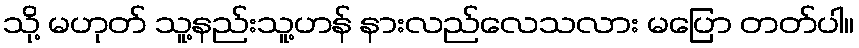
သို့ မဟုတ် သူ့နည်းသူ့ဟန် နားလည်လေသလား မပြော တတ်ပါ။